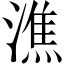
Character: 潐